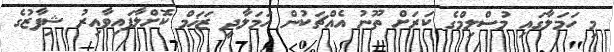
މި ހަމަލާގައި މުސްލިމްގެ ކަރަށް ތޫނު އެއްޗަކުން ހަމަލާދީ ޒަޚަމް ކޮށްލާފައިވާއިރު ޝިފާޒުގެ